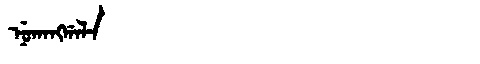
Manchu: ᠨᡠᡴᠠᠩᡤᠠᠯᠠ
Romanization: NUKANGGALA